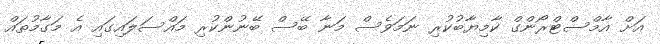
އަށް އާމްސްޓްރޯންގް ކާމިޔާބުކުރި ނަމަވެސް މަނާ ބޭސް ބޭނުންކުރި މައްސަލައިގައި އެ މަގާމުތައް